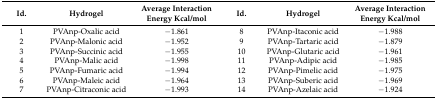
<table><thead><tr><td><b>Id.</b></td><td><b>Hydrogel</b></td><td><b>Average Interaction Energy Kcal/mol</b></td><td><b>Id.</b></td><td><b>Hydrogel</b></td><td><b>Average Interaction Energy Kcal/mol</b></td></tr></thead><tbody><tr><td>1</td><td>PVAnp-Oxalic acid</td><td>−1.861</td><td>8</td><td>PVAnp-Itaconic acid</td><td>−1.988</td></tr><tr><td>2</td><td>PVAnp-Malonic acid</td><td>−1.952</td><td>9</td><td>PVAnp-Tartaric acid</td><td>−1.879</td></tr><tr><td>3</td><td>PVAnp-Succinic acid</td><td>−1.955</td><td>10</td><td>PVAnp-Glutaric acid</td><td>−1.961</td></tr><tr><td>4</td><td>PVAnp-Malic acid</td><td>−1.998</td><td>11</td><td>PVAnp-Adipic acid</td><td>−1.985</td></tr><tr><td>5</td><td>PVAnp-Fumaric acid</td><td>−1.994</td><td>12</td><td>PVAnp-Pimelic acid</td><td>−1.975</td></tr><tr><td>6</td><td>PVAnp-Maleic acid</td><td>−1.964</td><td>13</td><td>PVAnp-Suberic acid</td><td>−1.969</td></tr><tr><td>7</td><td>PVAnp-Citraconic acid</td><td>−1.993</td><td>14</td><td>PVAnp-Azelaic acid</td><td>−1.924</td></tr></tbody></table>